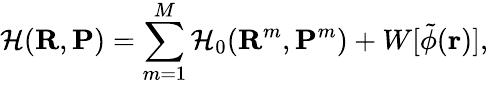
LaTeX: \mathcal{H}(\mathbf{R},\mathbf{P})=\sum_{m=1}^{M}\mathcal{H}_{0}(\mathbf{R}^{m},\mathbf{P}^{m})+W[\tilde{\phi}(\mathbf{r})],